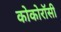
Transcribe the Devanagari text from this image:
कोकोरॉसी